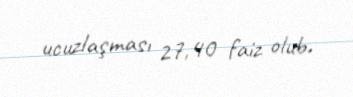
ucuzlaşması 27,40 faiz olub.